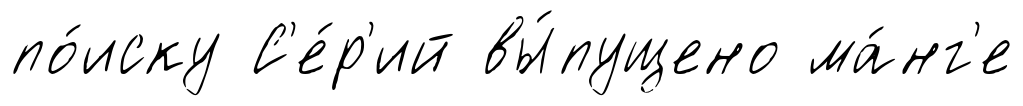
по́иску С'е́р'ий вы́пущено ма́нг'е